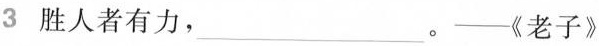
3 胜人者有力，___。——《老子》